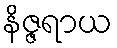
နိဇ္ဇရာယ